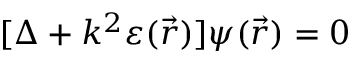
[ \Delta + k ^ { 2 } \varepsilon ( \vec { r } ) ] \psi ( \vec { r } ) = 0